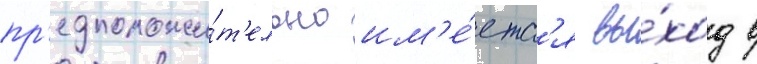
пр'едположи́т'ельно им'е́етс'я вы́ход в